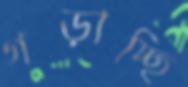
গড়াচ্ছি